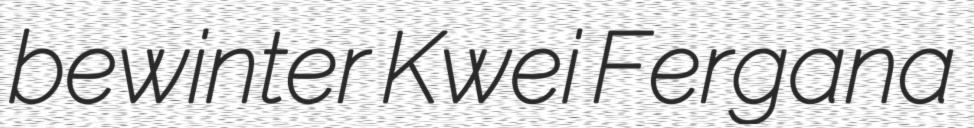
bewinter Kwei Fergana